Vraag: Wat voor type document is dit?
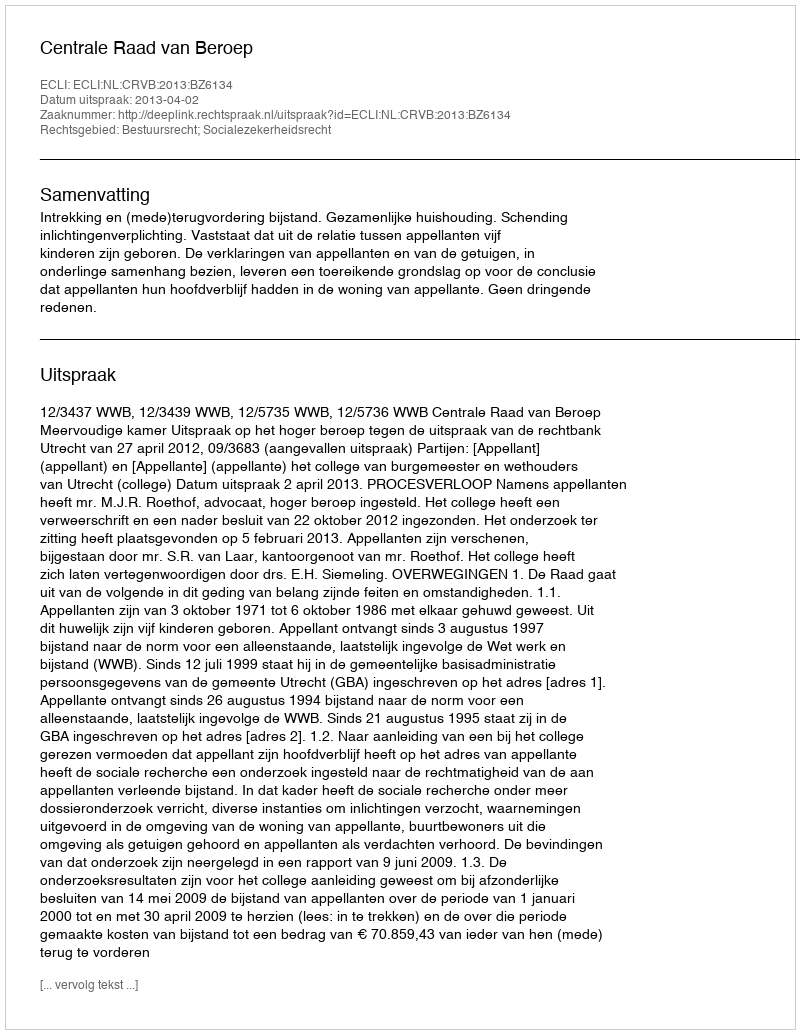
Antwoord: Uitspraak